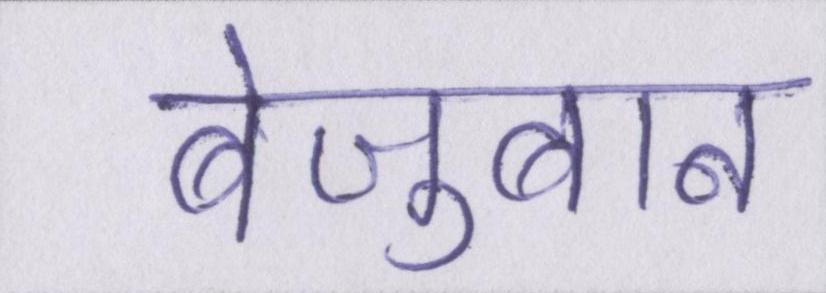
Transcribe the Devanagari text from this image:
बेज़ुबान